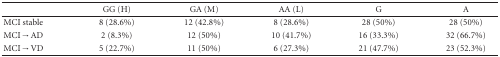
|  | GG (H) | GA (M) | AA (L) | G | A |
 | --- | --- | --- | --- | --- | --- |
 | MCI stable | 8 (28.6%) | 12 (42.8%) | 8 (28.6%) | 28 (50%) | 28 (50%) |
 | MCI→AD | 2 (8.3%) | 12 (50%) | 10 (41.7%) | 16 (33.3%) | 32 (66.7%) |
 | MCI→VD | 5 (22.7%) | 11 (50%) | 6 (27.3%) | 21 (47.7%) | 23 (52.3%) |